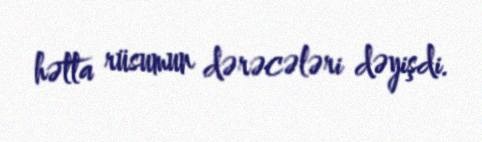
hətta rüsumun dərəcələri dəyişdi.